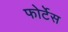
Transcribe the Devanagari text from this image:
फोर्टेस